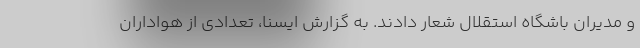
و مدیران باشگاه استقلال شعار دادند. به گزارش ایسنا، تعدادی از هواداران